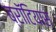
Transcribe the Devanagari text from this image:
ब्रॉटियास